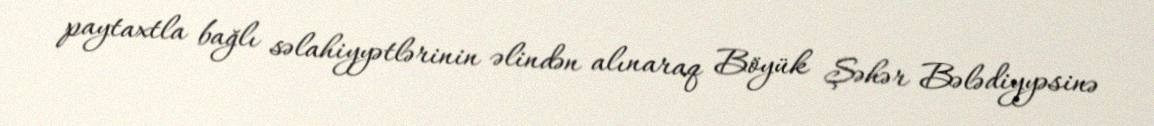
paytaxtla bağlı səlahiyyətlərinin əlindən alınaraq Böyük Şəhər Bələdiyyəsinə